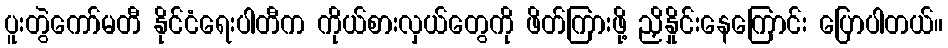
ပူးတွဲကော်မတီ နိုင်ငံရေးပါတီက ကိုယ်စားလှယ်တွေကို ဖိတ်ကြားဖို့ ညှိနှိုင်းနေကြောင်း ပြောပါတယ်။